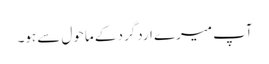
آپ میرے اردگرد کے ماحول سے ہو۔